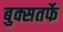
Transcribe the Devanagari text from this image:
बुक्सतर्फे